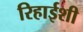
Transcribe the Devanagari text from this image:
रिहाईशी